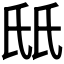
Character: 𬇊